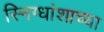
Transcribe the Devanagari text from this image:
स्निग्धांशाच्या